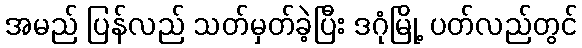
အမည် ပြန်လည် သတ်မှတ်ခဲ့ပြီး ဒဂုံမြို့ ပတ်လည်တွင်